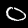
Label: 0